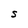
Character: S